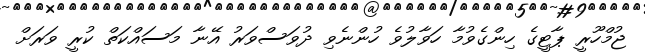
ޖުމްހޫރީ ޕާޓީގެ ހިންގެވުމާ ހަވާލުވެ ހުންނެވި ދުވަސްވަރު އޭނާ މަސައްކަތް ކުރީ ވަރަށް